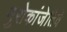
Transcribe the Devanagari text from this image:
नुरोकांजेतिवे